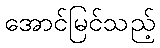
အောင်မြင်သည့်